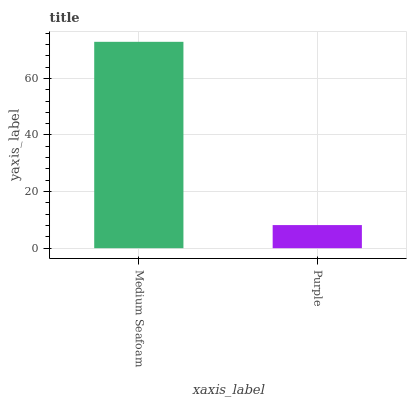
| xaxis_label | bars |
 | --- | --- |
 | Medium Seafoam | 72.9 |
 | Purple | 8.17 |